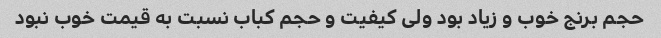
حجم برنج خوب و زیاد بود ولی کیفیت و حجم کباب نسبت به قیمت خوب نبود